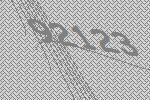
92123